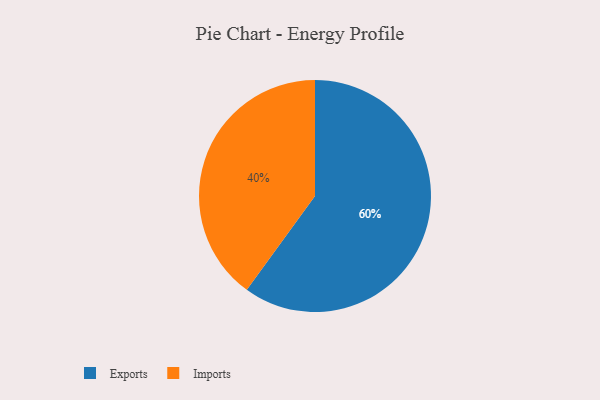
{"axis": {"x": "Category", "y": "Percentage"}, "legend": ["Exports", "Imports"], "data": [{"x": "Exports", "y": 60, "type": "Exports"}, {"x": "Imports", "y": 40, "type": "Imports"}]}